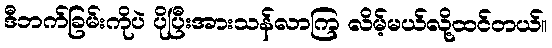
ဒီဘက်ခြမ်းကိုပဲ ပိုပြီးအားသန်လာကြ လိမ့်မယ်လို့ထင်တယ်။